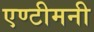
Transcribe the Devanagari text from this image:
एण्टीमनी